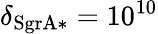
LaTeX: \delta_{\mathrm{SgrA*}}=10^{10}